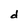
Character: d